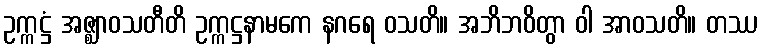
ဥက္ကဋ္ဌံ အဇ္ဈာဝသတီတိ ဥက္ကဋ္ဌနာမကေ နဂရေ ဝသတိ။ အဘိဘဝိတွာ ဝါ အာဝသတိ။ တဿ